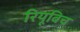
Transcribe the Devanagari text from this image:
रियूविच